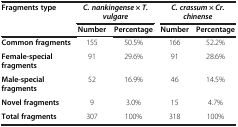
<table><thead><tr><td><b>Fragments type</b></td><td colspan="2"><b><i>C. nankingense</i> × <i>T. vulgare</i></b></td><td colspan="2"><b><i>C. crassum</i> × <i>Cr. chinense</i></b></td></tr><tr><td><b> </b></td><td><b>Number</b></td><td><b>Percentage</b></td><td><b>Number</b></td><td><b>Percentage</b></td></tr></thead><tbody><tr><td><b>Common fragments</b></td><td>155</td><td>50.5%</td><td>166</td><td>52.2%</td></tr><tr><td><b>Female-special fragments</b></td><td>91</td><td>29.6%</td><td>91</td><td>28.6%</td></tr><tr><td><b>Male-special fragments</b></td><td>52</td><td>16.9%</td><td>46</td><td>14.5%</td></tr><tr><td><b>Novel fragments</b></td><td>9</td><td>3.0%</td><td>15</td><td>4.7%</td></tr><tr><td><b>Total fragments</b></td><td>307</td><td>100%</td><td>318</td><td>100%</td></tr></tbody></table>